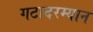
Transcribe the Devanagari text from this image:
गटादरम्यान